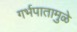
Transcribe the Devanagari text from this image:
गर्भपातामुळे